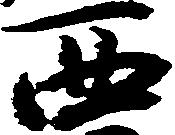
西